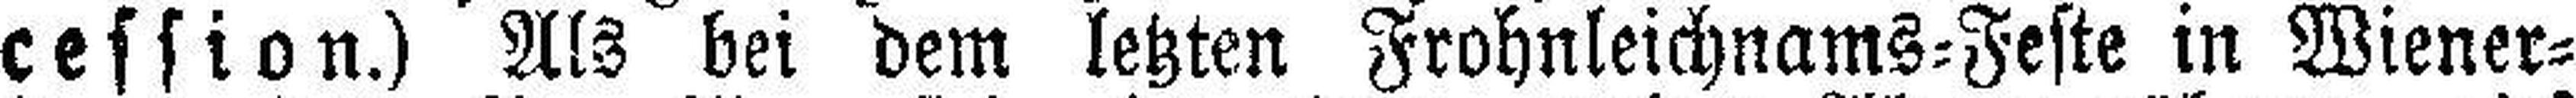
cession.) Als bei dem letzten Frohnleichnams=Feste in Wiener=